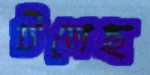
টলেছ